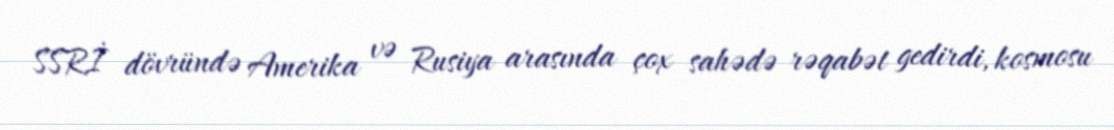
SSRİ dövründə Amerika və Rusiya arasında çox sahədə rəqabət gedirdi, kosmosu